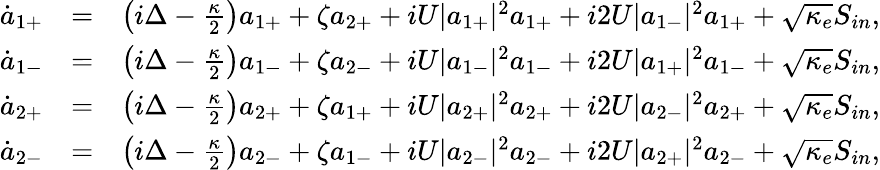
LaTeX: \begin{array}{rlr}{\dot{a}_{1+}}&{=}&{\left(i\Delta-\frac{\kappa}{2}\right)a_{1+}+\zeta a_{2+}+iU|a_{1+}|^{2}a_{1+}+i2U|a_{1-}|^{2}a_{1+}+\sqrt{\kappa_{e}}S_{in},}\\ {\dot{a}_{1-}}&{=}&{\left(i\Delta-\frac{\kappa}{2}\right)a_{1-}+\zeta a_{2-}+iU|a_{1-}|^{2}a_{1-}+i2U|a_{1+}|^{2}a_{1-}+\sqrt{\kappa_{e}}S_{in},}\\ {\dot{a}_{2+}}&{=}&{\left(i\Delta-\frac{\kappa}{2}\right)a_{2+}+\zeta a_{1+}+iU|a_{2+}|^{2}a_{2+}+i2U|a_{2-}|^{2}a_{2+}+\sqrt{\kappa_{e}}S_{in},}\\ {\dot{a}_{2-}}&{=}&{\left(i\Delta-\frac{\kappa}{2}\right)a_{2-}+\zeta a_{1-}+iU|a_{2-}|^{2}a_{2-}+i2U|a_{2+}|^{2}a_{2-}+\sqrt{\kappa_{e}}S_{in},}\end{array}